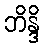
ဘိန္ဒိ